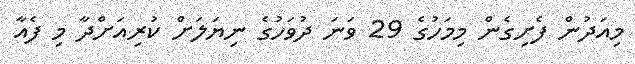
މިއަދުން ފެށިގެން މިމަހުގެ 29 ވަނަ ދުވަހުގެ ނިޔަލަށް ކުރިއަށްދާ މި ފެއާ